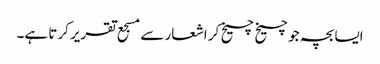
ایسا بچہ جو چیخ چیخ کر اشعار سے مسجع تقریر کرتا ہے۔